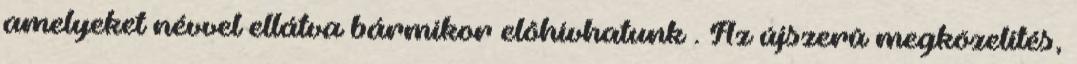
amelyeket névvel ellátva bármikor elôhívhatunk . Az újszerû megközelítés,